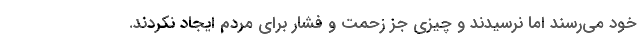
خود می‌رسند اما نرسیدند و چیزی جز زحمت و فشار برای مردم ایجاد نکردند.